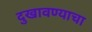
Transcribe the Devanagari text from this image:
दुखावण्याचा